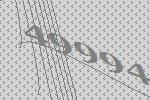
49994